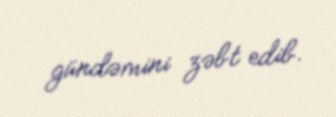
gündəmini zəbt edib.